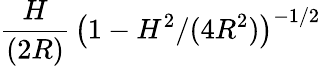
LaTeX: \frac{H}{(2R)}\, \big(1-H^{2}/(4R^{2})\big)^{-1/2}